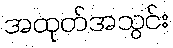
အထုတ်အသွင်း